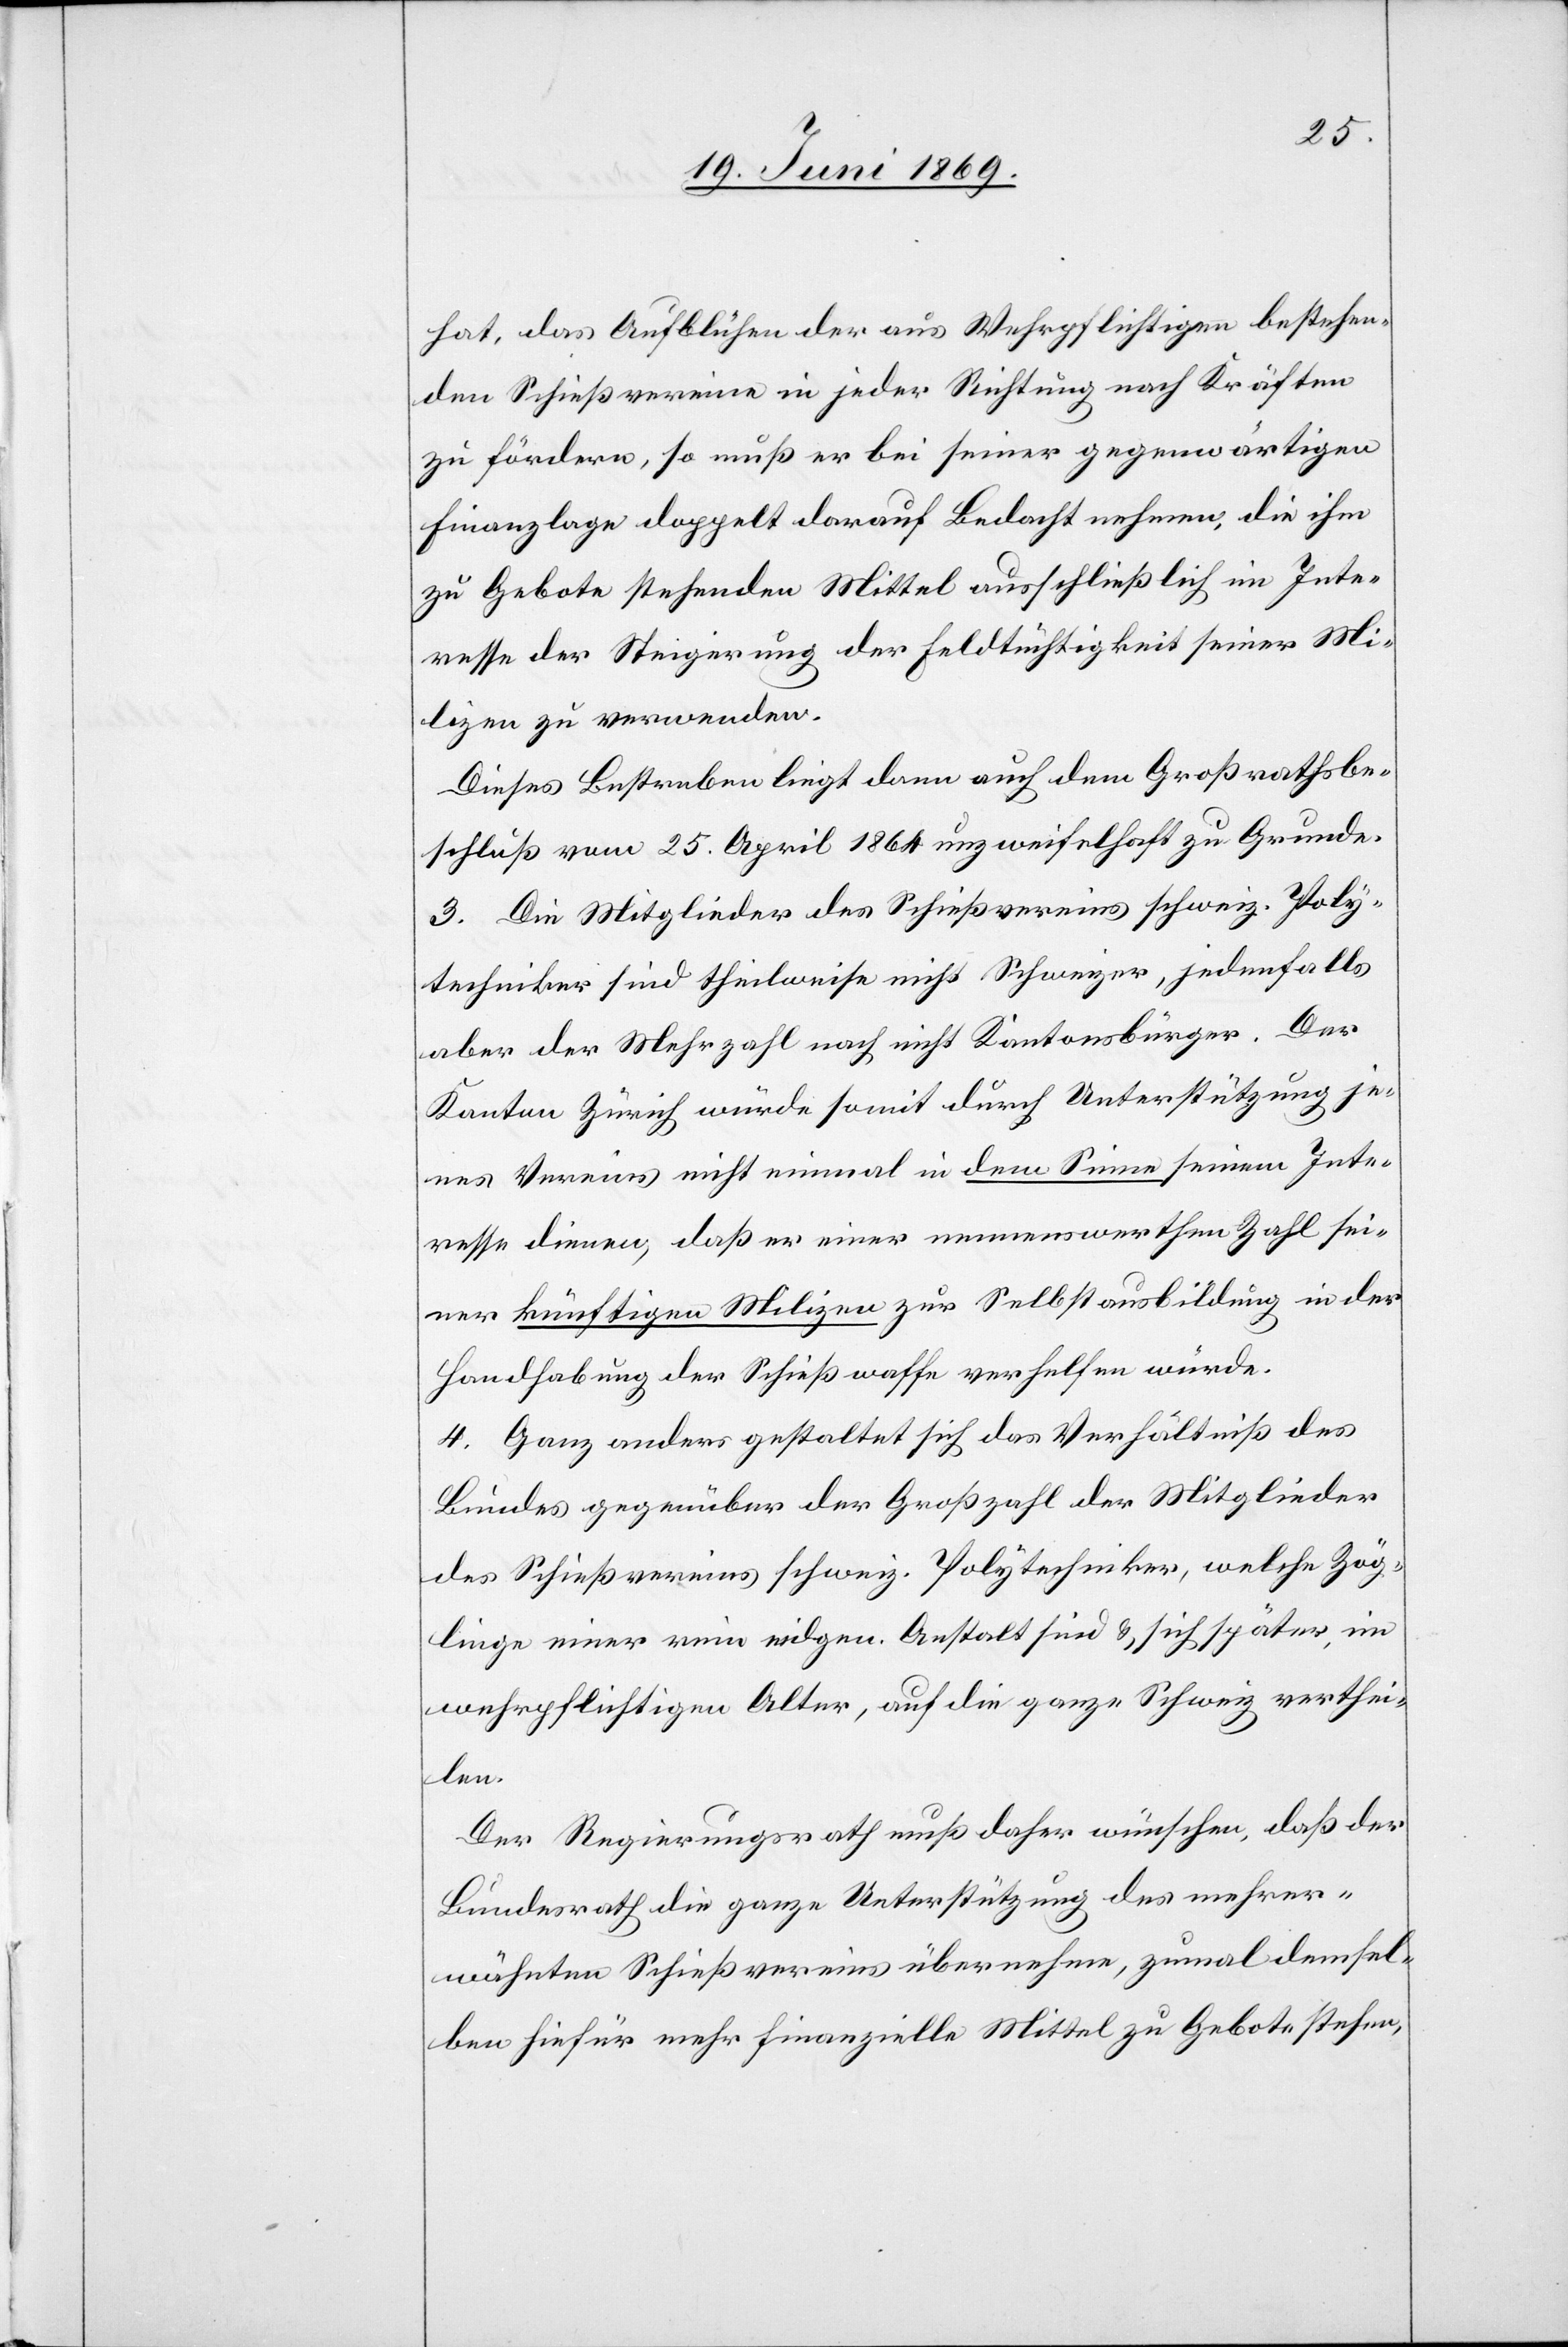
hat, das Aufblühen der aus Wehrpflichtigen bestehen¬
den Schießvereine in jeder Richtung nach Kräften
zu fördern, so muß er bei seiner gegenwärtigen
Finanzlage doppelt darauf Bedacht nehmen, die ihm
zu Gebote stehenden Mittel ausschließlich im Inte¬
resse der Steigerung der Feldtüchtigkeit seiner Mi¬
lizen zu verwenden.
Dieses Bestreben liegt dann auch dem Großrathsbe¬
schluß vom 25. April 1864 unzweifelhaft zu Grunde.
3. Die Mitglieder des Schießvereines schweiz. Poly¬
techniker sind theilweise nicht Schweizer, jedenfalls
aber der Mehrzahl nach nicht Kantonsbürger. Der
Kanton Zürich würde somit durch Unterstützung je¬
nes Vereins nicht einmal in dem Sinne seinem Inte¬
resse dienen, daß er einer nennenswerthen Zahl sei¬
ner künftigen Milizen zur Selbstausbildung in der
Handhabung der Schießwaffe verhelfen würde.
4. Ganz anders gestaltet sich das Verhältniß des
Bundes gegenüber der Großzahl der Mitglieder
des Schießvereins schweiz. Polytechniker, welche Zög¬
linge einer rein eidgen. Anstalt sind, u. sich später, im
wehrpflichtigen Alter, auf die ganze Schweiz verthei¬
len.
Der Regierungsrath muß daher wünschen, daß der
Bundesrath die ganze Unterstützung des mehrer¬
wähnten Schießvereins übernehme, zumal demsel¬
ben hiefür mehr finanzielle Mittel zu Gebote stehen,